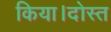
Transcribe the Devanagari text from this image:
किया।दोस्त